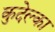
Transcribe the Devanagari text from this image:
कुदेल्का